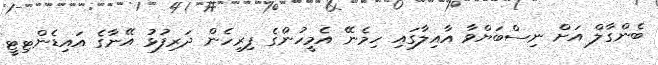
ބެންގާލް އަށް ނިސްބަޔްވާ އާއިލާގައި ހިމެނޭ އެމީހުންގެ ފިރިހެން ދަރިފުޅު އޭނާގެ އައިޑެންޓިޓީ